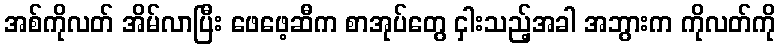
အစ်ကိုလတ် အိမ်လာပြီး ဖေဖေ့ဆီက စာအုပ်တွေ ငှါးသည့်အခါ အဘွားက ကိုလတ်ကို